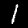
Digit: 1